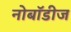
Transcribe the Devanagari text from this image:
नोबॉडीज